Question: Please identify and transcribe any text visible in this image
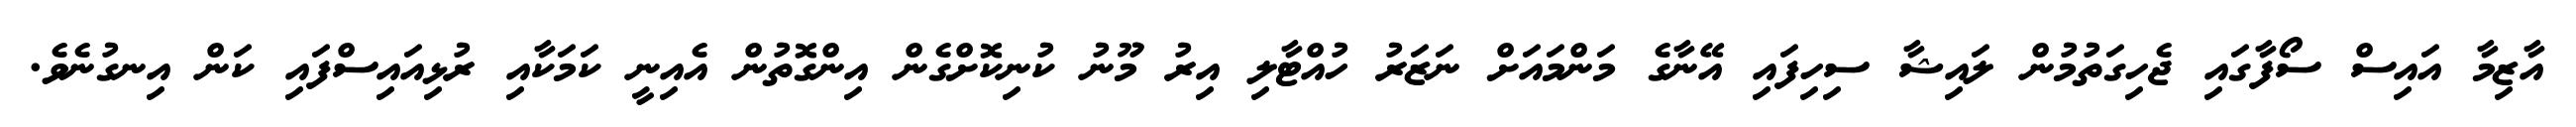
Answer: އާޒިމާ އައިސް ސޯފާގައި ޖެހިގަތުމުން ލައިޝާ ސިހިފައި އޭނާގެ މަންމައަށް ނަޒަރު ހުއްޓާލި އިރު މޫނު ކުނިކޮށްގެން އިންގޮތުން އެއިނީ ކަމަކާއި ރުޅިއައިސްފައި ކަން އިނގުނެވެ.